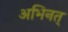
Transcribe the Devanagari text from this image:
अभिनत्